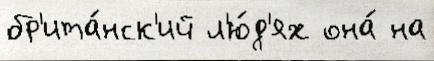
бр'ита́нск'ий л'ю́д'ях она́ на